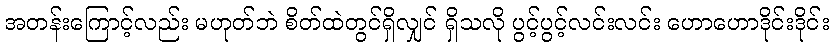
အတန်းကြောင့်လည်း မဟုတ်ဘဲ စိတ်ထဲတွင်ရှိလျှင် ရှိသလို ပွင့်ပွင့်လင်းလင်း ဟောဟောဒိုင်းဒိုင်း